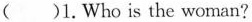
( )1.Who is the woman?